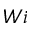
W i